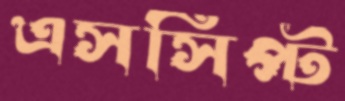
এসসিপ্ট